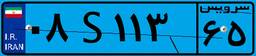
۳۴S۴۳۶۷۳